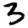
Digit: 3